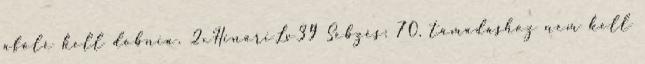
afölé kell dobnia. 2xHinariLv39 Sebzés: 70, támadáshoz nem kell